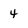
Character: 4